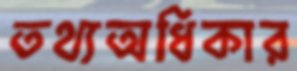
তথ্যঅধিকার